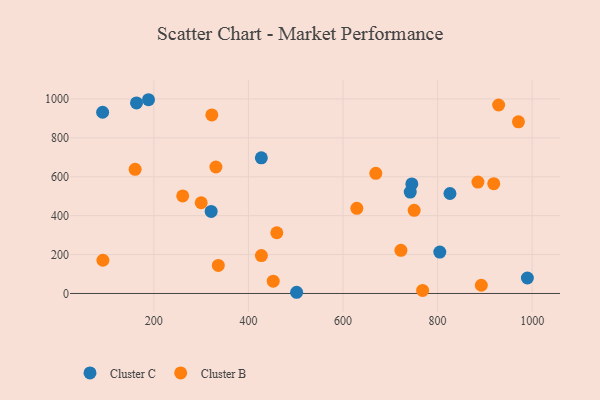
{"axis": {"x": "Study Hours", "y": "Profit"}, "legend": ["Cluster B", "Cluster C"], "data": [{"x": "427.3", "y": 697.5, "type": "Cluster C"}, {"x": "163.3", "y": 979.7, "type": "Cluster C"}, {"x": "91.7", "y": 931.8, "type": "Cluster C"}, {"x": "742.1", "y": 521.1, "type": "Cluster C"}, {"x": "501.9", "y": 6.2, "type": "Cluster C"}, {"x": "826.1", "y": 514.0, "type": "Cluster C"}, {"x": "804.6", "y": 213.0, "type": "Cluster C"}, {"x": "188.7", "y": 996.1, "type": "Cluster C"}, {"x": "989.8", "y": 79.6, "type": "Cluster C"}, {"x": "745.5", "y": 563.0, "type": "Cluster C"}, {"x": "321.2", "y": 421.6, "type": "Cluster C"}, {"x": "452.4", "y": 63.1, "type": "Cluster B"}, {"x": "750.4", "y": 427.7, "type": "Cluster B"}, {"x": "336.3", "y": 144.2, "type": "Cluster B"}, {"x": "669.3", "y": 617.9, "type": "Cluster B"}, {"x": "460.0", "y": 312.1, "type": "Cluster B"}, {"x": "892.4", "y": 42.4, "type": "Cluster B"}, {"x": "92.3", "y": 170.8, "type": "Cluster B"}, {"x": "885.2", "y": 572.6, "type": "Cluster B"}, {"x": "768.3", "y": 15.7, "type": "Cluster B"}, {"x": "427.4", "y": 194.8, "type": "Cluster B"}, {"x": "918.7", "y": 564.4, "type": "Cluster B"}, {"x": "300.1", "y": 466.4, "type": "Cluster B"}, {"x": "322.6", "y": 917.7, "type": "Cluster B"}, {"x": "970.9", "y": 882.7, "type": "Cluster B"}, {"x": "629.2", "y": 438.0, "type": "Cluster B"}, {"x": "261.0", "y": 501.7, "type": "Cluster B"}, {"x": "160.4", "y": 638.4, "type": "Cluster B"}, {"x": "331.2", "y": 650.3, "type": "Cluster B"}, {"x": "722.4", "y": 221.9, "type": "Cluster B"}, {"x": "929.0", "y": 969.1, "type": "Cluster B"}]}